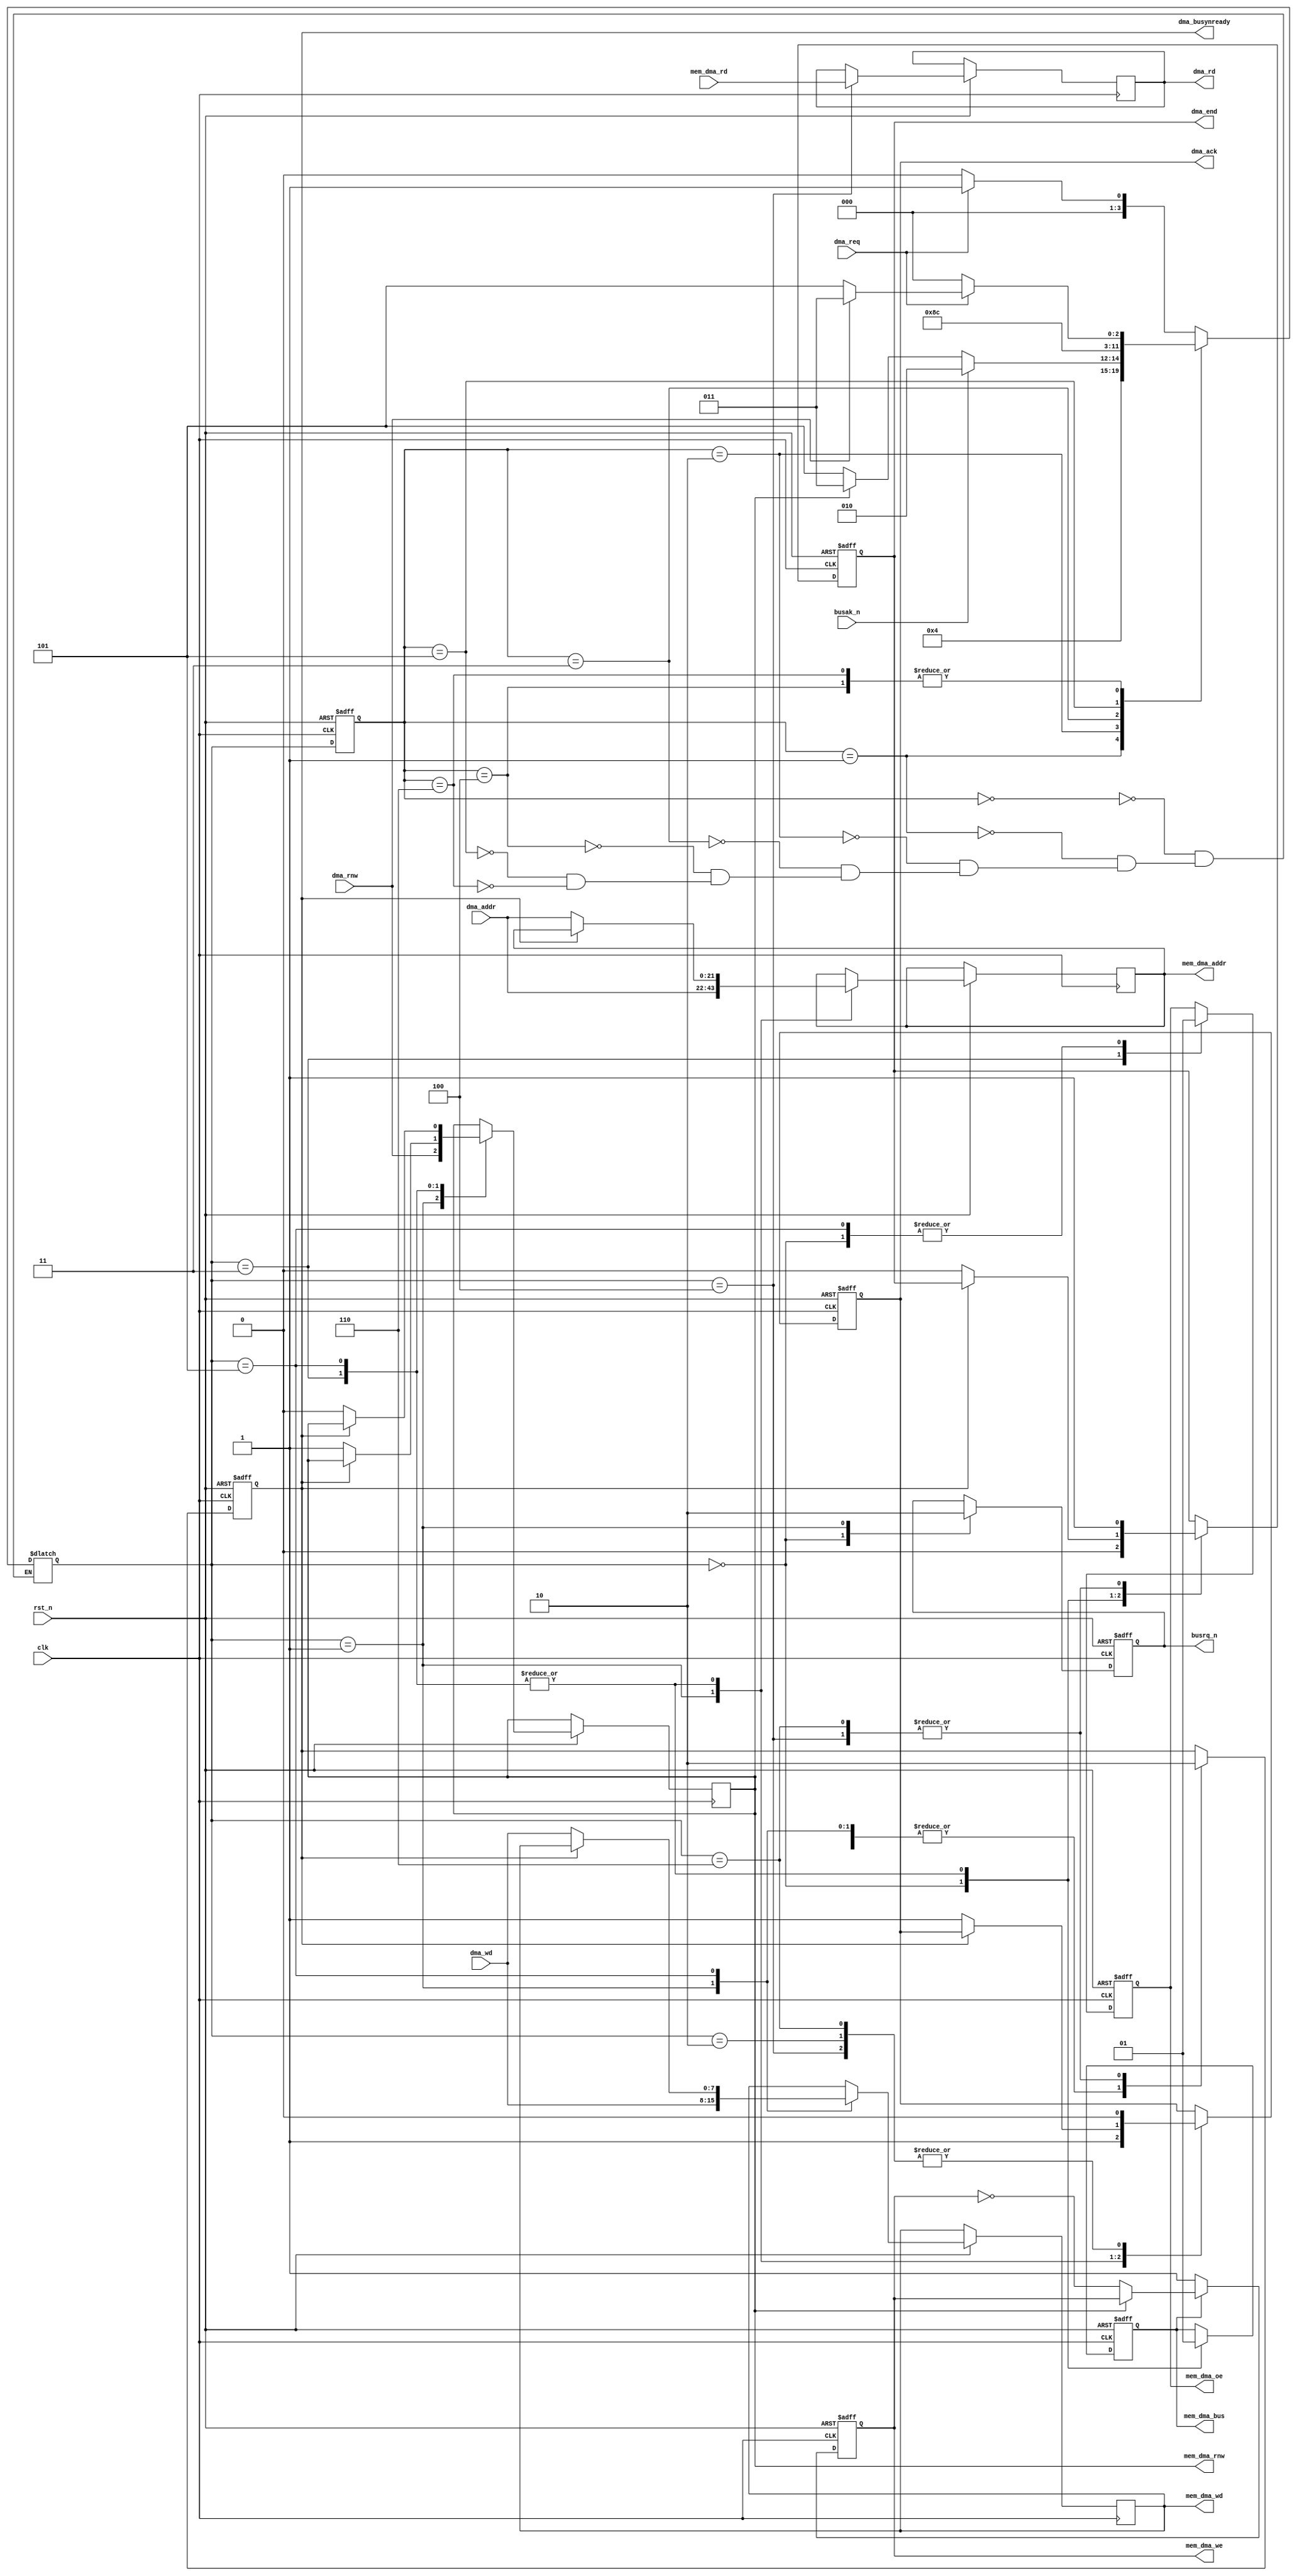
module dma_access(

	input            clk,

	input            rst_n,


	input            dma_req,  // DMA request
	input     [21:0] dma_addr, // DMA address (2mb)
	input            dma_rnw,  // DMA READ/nWRITE
	input      [7:0] dma_wd,   // DMA data to write
	output reg [7:0] dma_rd,   // DMA data just read

	output reg       dma_busynready, // DMA BUSY/nREADY
	output reg       dma_ack, // positive pulse as dma_busynready goes high
	output reg       dma_end, // positive pulse as dma_busynready goes low

	output wire        mem_dma_bus,  // DMA taking over the bus
	output wire [21:0] mem_dma_addr, // DMA address going to the bus
	output wire  [7:0] mem_dma_wd,   // DMA data going to the bus
	input        [7:0] mem_dma_rd,   // DMA data going from the bus
	output wire        mem_dma_rnw,  // DMA bus direction (1=read, 0=write)
	output reg         mem_dma_oe,   // DMA read strobe going to the bus
	output reg         mem_dma_we,   // DMA write pulse going to the bus


	output reg       busrq_n, // CPU       signals
	input            busak_n  //    control
);

	reg dma_bus;

	reg [21:0] int_dma_addr;
	reg        int_dma_rnw;
	reg  [7:0] int_dma_wd;
	wire [7:0] int_dma_rd;

	assign mem_dma_bus  = dma_bus;
	assign mem_dma_addr = int_dma_addr;
	assign mem_dma_wd   = int_dma_wd;
	assign mem_dma_rnw  = int_dma_rnw;
	assign int_dma_rd   = mem_dma_rd;



	localparam IDLE     = 0;
	localparam START    = 1;
	localparam WACK     = 2;
	localparam READ1    = 3;
	localparam READ2    = 4;
	localparam WRITE1   = 5;
	localparam WRITE2   = 6;


	reg [3:0] state;
	reg [3:0] next_state;




	// for simulation purposes
	initial
	begin
		state       <= IDLE;
		busrq_n     <= 1'b1;
		mem_dma_oe  <= 1'b1;
		mem_dma_we  <= 1'b1;
	end


// FSM
	always @(posedge clk, negedge rst_n)
	begin
		if( !rst_n )
			state <= IDLE;
		else
			state <= next_state;
	end


	always @*
	begin
		case( state )
//////////////////////////////////////////////////////////////////////////////////////////
		IDLE:
		begin
			if( dma_req==1'b1 )
				next_state <= START;
			else
				next_state <= IDLE;
		end
//////////////////////////////////////////////////////////////////////////////////////////
		START:
		begin
			next_state <= WACK;
		end
//////////////////////////////////////////////////////////////////////////////////////////
		WACK:
		begin
			if( busak_n == 1'b1 ) ///// ACHTUNG WARNING!!! probably use here registered busak?
				next_state <= WACK;
			else // busak_n == 1'b0
			begin
				if( int_dma_rnw == 1'b1 ) // read
					next_state <= READ1;
				else // int_dma_rnw == 1'b0 - write
					next_state <= WRITE1;
			end
		end
//////////////////////////////////////////////////////////////////////////////////////////
		READ1:
		begin
			next_state <= READ2;
		end
//////////////////////////////////////////////////////////////////////////////////////////
		READ2:
		begin
			if( dma_req == 1'b0 )
				next_state <= IDLE;
			else // dma_req == 1'b1
			begin
				if( dma_rnw == 1'b1 ) // next is read
					next_state <= READ1;
				else // dma_rnw == 1'b0 - next is write
					next_state <= WRITE1;
			end
		end
//////////////////////////////////////////////////////////////////////////////////////////
		WRITE1:
		begin
			next_state <= WRITE2;
		end
//////////////////////////////////////////////////////////////////////////////////////////
		WRITE2:
		begin
			if( dma_req == 1'b0 )
				next_state <= IDLE;
			else // dma_req == 1'b1
			begin
				if( dma_rnw == 1'b1 ) // next is read
					next_state <= READ1;
				else // dma_rnw == 1'b0 - next is write
					next_state <= WRITE1;
			end
		end
//////////////////////////////////////////////////////////////////////////////////////////
		endcase
	end


	always @(posedge clk, negedge rst_n)
	begin
		if( !rst_n )
		begin
			busrq_n        <= 1'b1;
			dma_busynready <= 1'b0;
			dma_ack        <= 1'b0;
			dma_end        <= 1'b0;
			dma_bus        <= 1'b0;
			mem_dma_oe     <= 1'b1;
		end
		else case( next_state )
//////////////////////////////////////////////////////////////////////////////////////////
		IDLE:
		begin
			dma_end        <= 1'b0;

			busrq_n        <= 1'b1;
			dma_bus        <= 1'b0;
			mem_dma_oe     <= 1'b1;
		end
//////////////////////////////////////////////////////////////////////////////////////////
		START:
		begin
//			dma_bus        <= 1'b0; // if rst=0>1 and dma_ack=1 --> ??? is this really needed?


			busrq_n        <= 1'b0;

			dma_busynready <= 1'b1;
			dma_ack        <= 1'b1;

			int_dma_rnw    <= dma_rnw;
			int_dma_addr   <= dma_addr;
			int_dma_wd     <= dma_wd;
		end
//////////////////////////////////////////////////////////////////////////////////////////
		WACK:
		begin
			dma_ack <= 1'b0;
		end
//////////////////////////////////////////////////////////////////////////////////////////
		READ1:
		begin
			dma_bus    <= 1'b1; // take over the bus
			mem_dma_oe <= 1'b0;
			if( dma_busynready == 1'b0 ) // if we are here from READ2 or WRITE2
			begin
				dma_busynready <= 1'b1;
				dma_ack        <= 1'b1;
				dma_end        <= 1'b0;
				int_dma_rnw    <= 1'b1;
				int_dma_addr   <= dma_addr;
			end
		end
//////////////////////////////////////////////////////////////////////////////////////////
		READ2:
		begin
			dma_busynready <= 1'b0;
			dma_ack        <= 1'b0;
			dma_end        <= 1'b1;
			dma_rd <= int_dma_rd;
		end
//////////////////////////////////////////////////////////////////////////////////////////
		WRITE1:
		begin
			dma_bus    <= 1'b1; // take over the bus
			mem_dma_oe <= 1'b1;

			if( dma_busynready == 1'b0 ) // from READ2 or WRITE2
			begin
				dma_busynready <= 1'b1;
				dma_ack        <= 1'b1;
				dma_end        <= 1'b0;
				int_dma_rnw    <= 1'b0;
				int_dma_addr   <= dma_addr;
				int_dma_wd     <= dma_wd;
			end
		end
//////////////////////////////////////////////////////////////////////////////////////////
		WRITE2:
		begin
			dma_busynready <= 1'b0;
			dma_ack        <= 1'b0;
			dma_end        <= 1'b1;
		end
//////////////////////////////////////////////////////////////////////////////////////////
		endcase
	end




// mem_dma_we generator

	always @(negedge clk,negedge rst_n)
	begin
		if( !rst_n )
			mem_dma_we <= 1'b1;
		else
		begin
			if( dma_bus )
			begin
				if( !int_dma_rnw )
					mem_dma_we <= ~mem_dma_we;
			end
			else
				mem_dma_we <= 1'b1;
		end
	end


endmodule